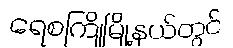
ရေစကြိုမြို့နယ်တွင်